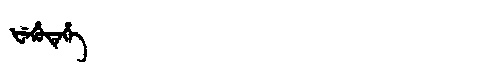
Manchu: ᡶᡝᡥᡠᡨᡝᡥᡝ
Romanization: FEHUTEHE